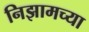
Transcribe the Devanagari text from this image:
निझामच्या